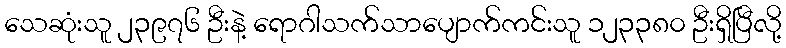
သေဆုံးသူ ၂၃၉၇၆ ဦးနဲ့ ရောဂါသက်သာပျောက်ကင်းသူ ၁၂၃၃၈၀ ဦးရှိပြီလို့